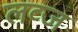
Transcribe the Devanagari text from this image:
लव्ज